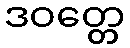
ဒဝတ္တေ